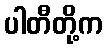
ပါတီတို့က